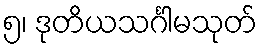
၅၊ ဒုတိယသင်္ဂါမသုတ်